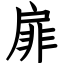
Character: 扉